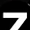
Digit: 7